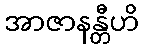
အာဇာနန္တီဟိ